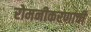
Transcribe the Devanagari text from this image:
रोमनीकरणाची